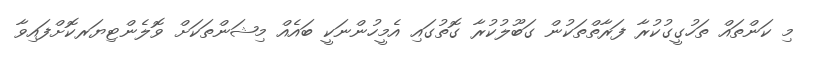
މި ކަންތައް ތަހުގީގުކުރާ ފަރާތްތަކުން ގަބޫލުކުރާ ގޮތުގައި އެމީހުންނަކީ ބައެއް މިޝަންތަކަށް ވޮލެންޓިޔަރކޮށްފައިވާ